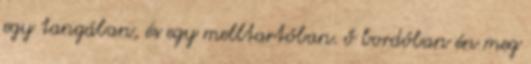
egy tangában, és egy melltartóban. ő bordóban én meg